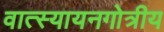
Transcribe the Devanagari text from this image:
वात्स्यायनगोत्रीय